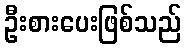
ဦးစားပေးဖြစ်သည်